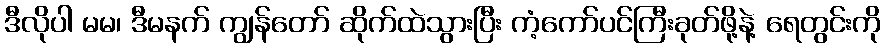
ဒီလိုပါ မမ၊ ဒီမနက် ကျွန်တော် ဆိုက်ထဲသွားပြီး ကံ့ကော်ပင်ကြီးခုတ်ဖို့နဲ့ ရေတွင်းကို